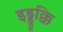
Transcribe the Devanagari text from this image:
इड्डुक्कि